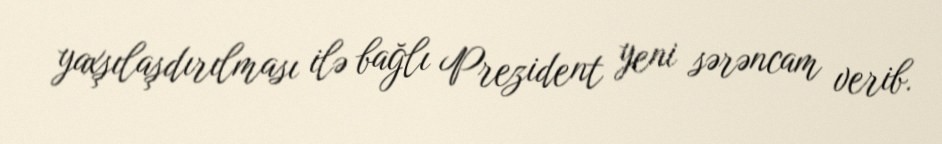
yaxşılaşdırılması ilə bağlı Prezident yeni sərəncam verib.